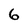
Character: 6